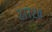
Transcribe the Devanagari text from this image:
२७७२४